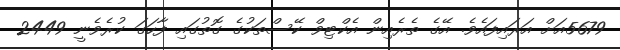
5679އަށް އަރައިފައެވެ. އޭގެ ތެރެއިން އެކްޓިވް ކޭސްތަކުގެ ގޮތުގައި ފާހަގަ ކުރެވެނީ 2449